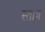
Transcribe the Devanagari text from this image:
स्तांत्र